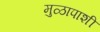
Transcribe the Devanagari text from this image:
मुळापाशी